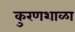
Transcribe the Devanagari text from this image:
कुरणशाळा